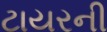
ટાયરની